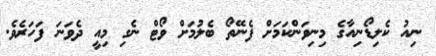
ނިއު ކެލިޑޯނިއާގެ މިނިވަންކަމަށް ފެނޭތޯ ބެލުމަށް ވޯޓް ނެގި މިއީ ދެވަަނަ ފަހަރެވެ.